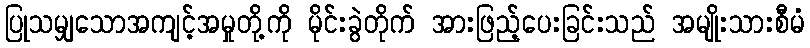
ပြုသမျှသောအကျင့်အမှုတို့ကို မိုင်းခွဲတိုက် အားဖြည့်ပေးခြင်းသည် အမျိုးသားစီမံ